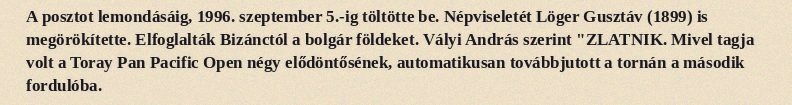
A posztot lemondásáig, 1996. szeptember 5.-ig töltötte be. Népviseletét Löger Gusztáv (1899) is megörökítette. Elfoglalták Bizánctól a bolgár földeket. Vályi András szerint "ZLATNIK. Mivel tagja volt a Toray Pan Pacific Open négy elődöntősének, automatikusan továbbjutott a tornán a második fordulóba.